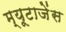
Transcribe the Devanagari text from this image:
म्यूटाजेंस